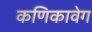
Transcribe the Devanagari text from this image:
कणिकावेग